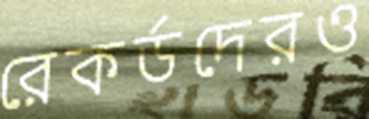
রেকর্ডদেরও